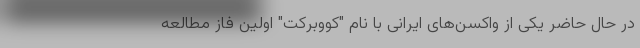
در حال حاضر یکی از واکسن‌های ایرانی با نام "کووبرکت" اولین فاز مطالعه